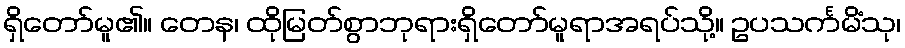
ရှိတော်မူ၏။ တေန၊ ထိုမြတ်စွာဘုရားရှိတော်မူရာအရပ်သို့။ ဥပသင်္ကမိံသု၊